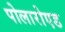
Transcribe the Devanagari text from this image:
पोलारोएड